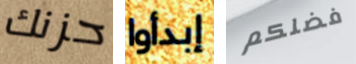
حزنك إبدأوا فضلكم